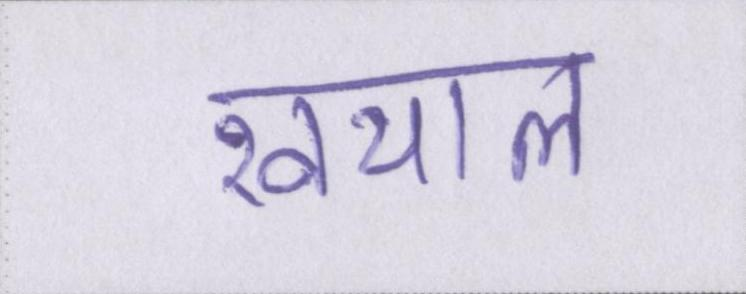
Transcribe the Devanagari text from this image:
खयाल